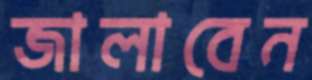
জালাবেন